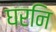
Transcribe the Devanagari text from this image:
घरनि